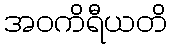
အဝကိရီယတိ